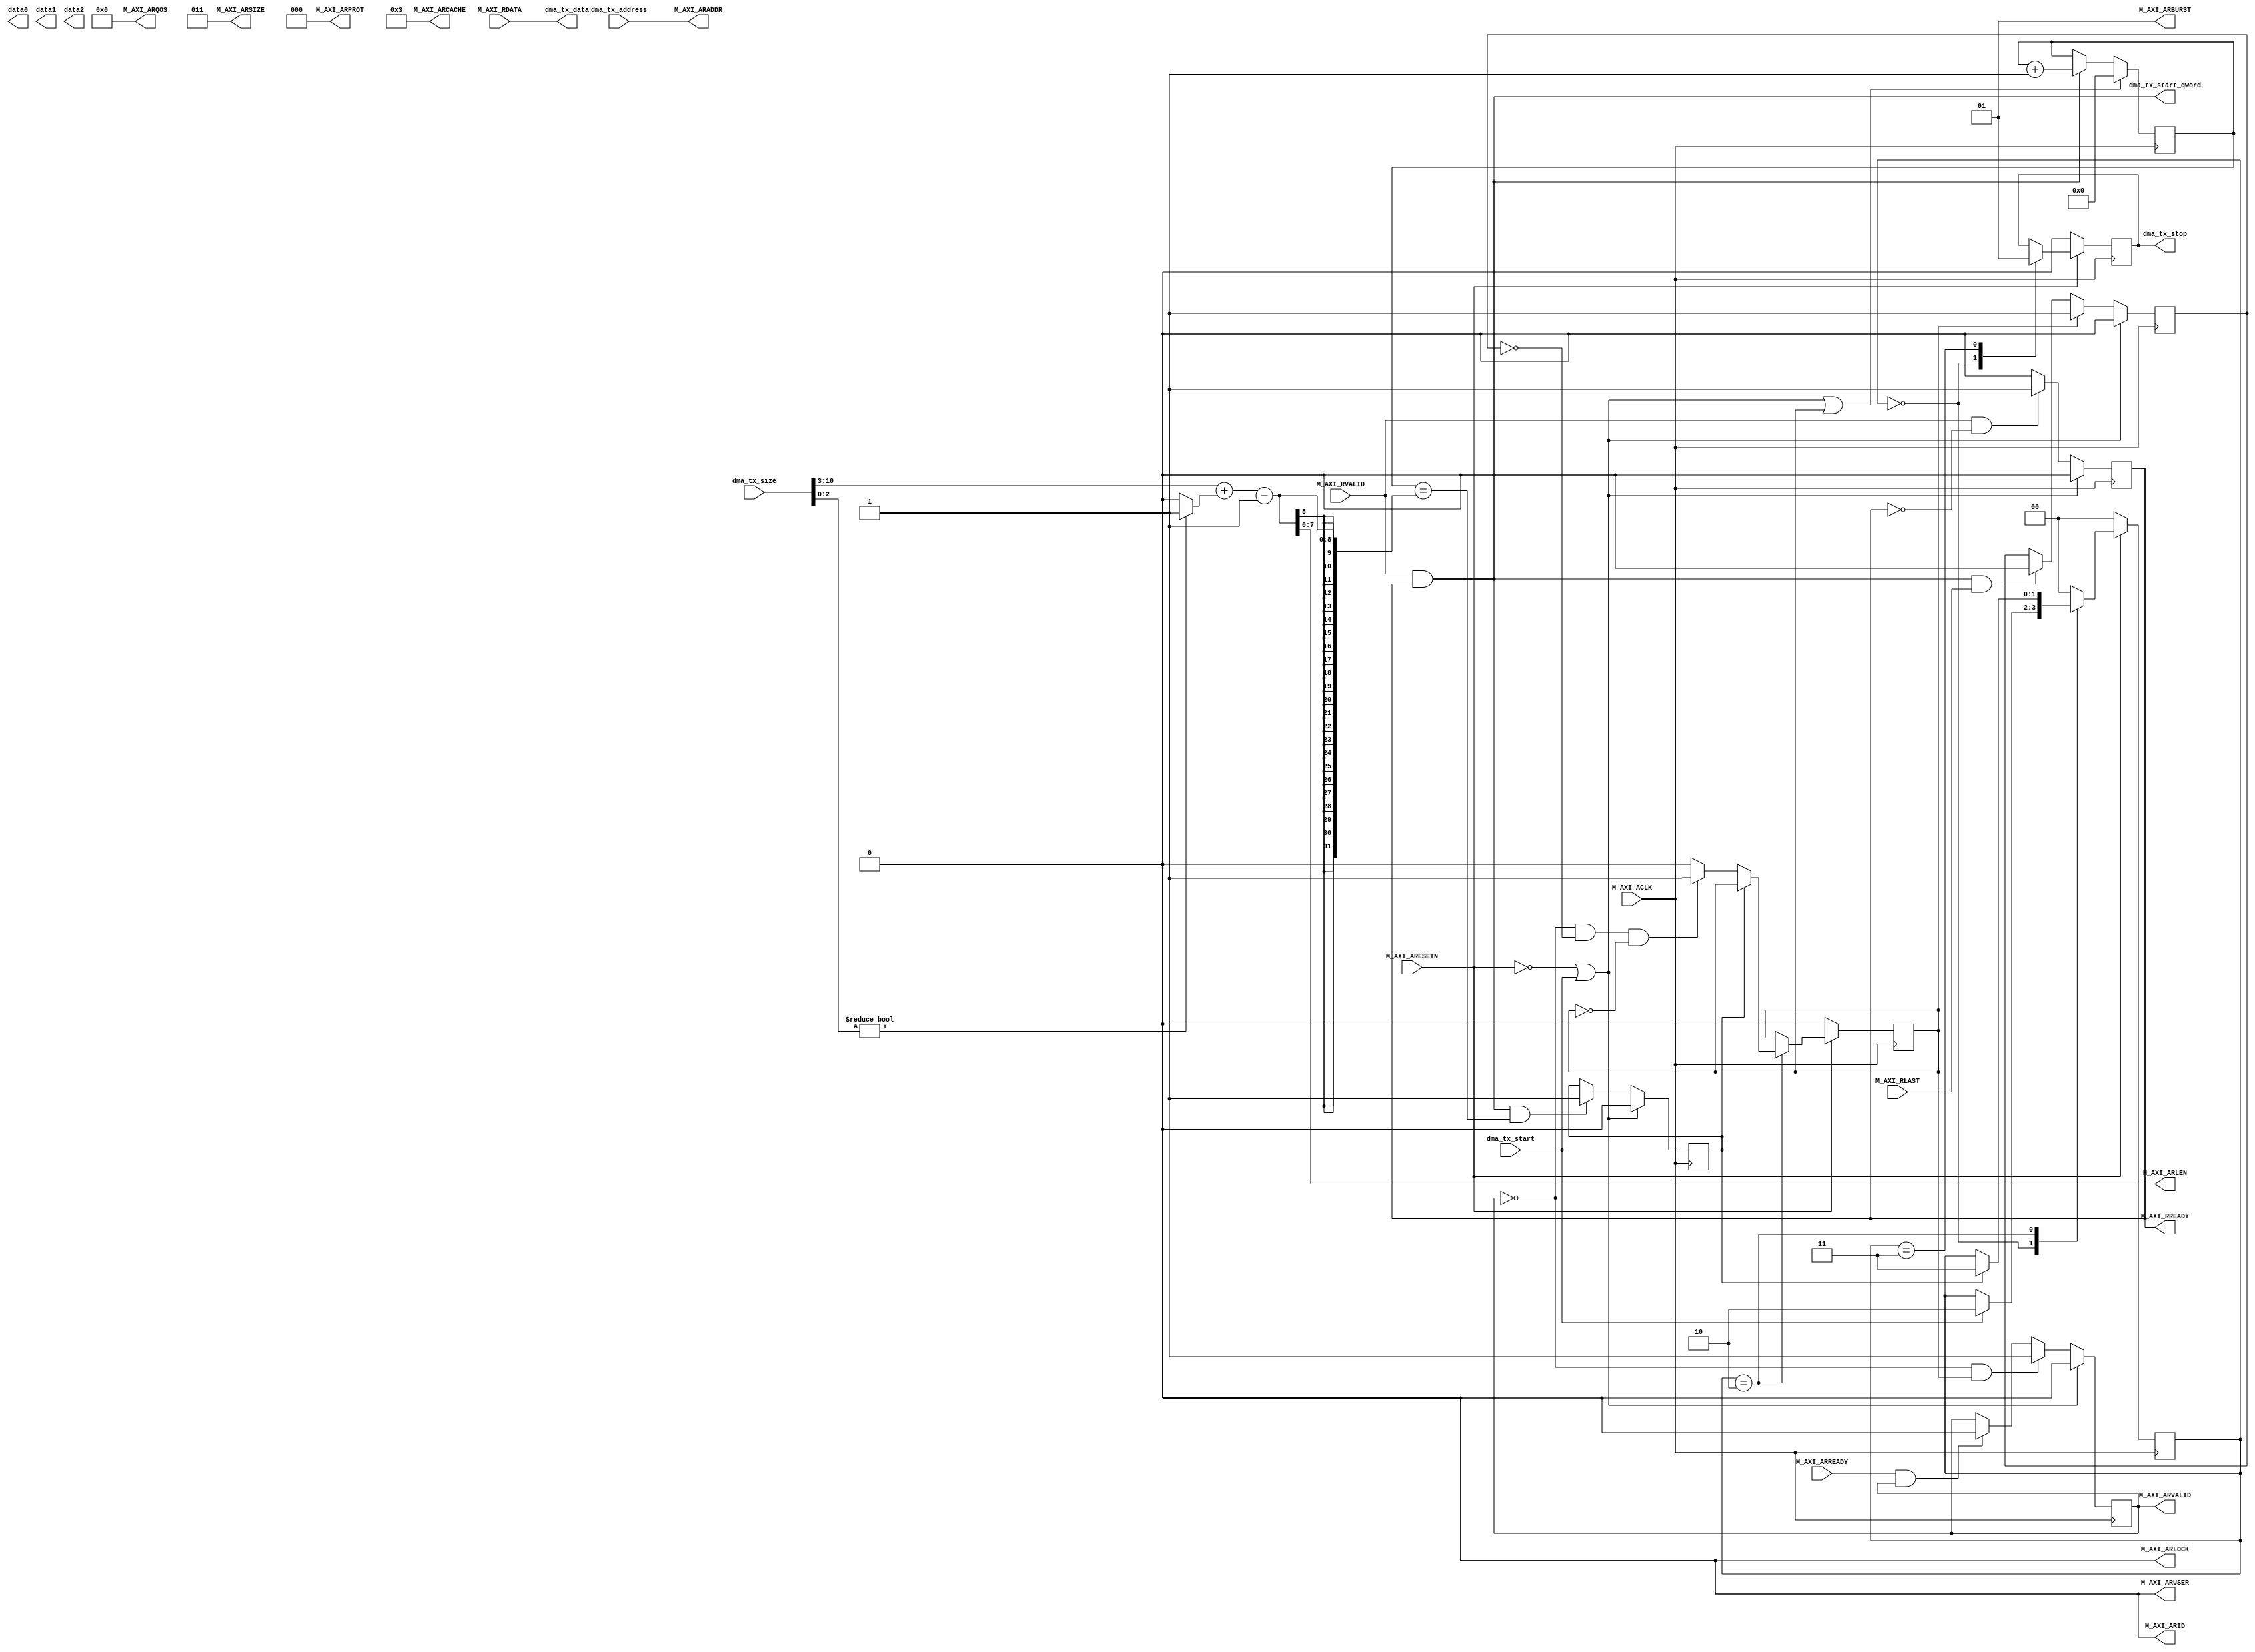
module mac_tx_v1_0_M00_AXI #
(
	parameter  C_M_TARGET_SLAVE_BASE_ADDR	= 32'h40000000,// Base address of targeted slave
	parameter integer C_M_AXI_BURST_LEN	= 256,// Burst Length. Supports 1, 2, 4, 8, 16, 32, 64, 128, 256 burst lengths
	parameter integer C_M_AXI_ID_WIDTH	= 1,// Thread ID Width
	parameter integer C_M_AXI_ADDR_WIDTH	= 32,// Width of Address Bus
	parameter integer C_M_AXI_DATA_WIDTH	= 64,// Width of Data Bus
	parameter integer C_M_AXI_ARUSER_WIDTH	= 1// Width of User Read Address Bus
)
(
	output wire[31:0] data0,
	output wire[31:0] data1,
	output wire[31:0] data2,

	input wire  M_AXI_ACLK,// Global Clock Signal.
	input wire  M_AXI_ARESETN,// Global Reset Singal. This Signal is Active Low

	output wire [C_M_AXI_ID_WIDTH-1 : 0] M_AXI_ARID,// Master Interface Read Address.
	output wire [7 : 0] M_AXI_ARLEN,// Burst length. The burst length gives the exact number of transfers in a burst
    output wire [2 : 0] M_AXI_ARSIZE,// Burst size. This signal indicates the size of each transfer in the burst
	output wire [1 : 0] M_AXI_ARBURST,
	output wire  M_AXI_ARLOCK,
	output wire [C_M_AXI_ADDR_WIDTH-1 : 0] M_AXI_ARADDR,
	output wire [3 : 0] M_AXI_ARCACHE,
	output wire [2 : 0] M_AXI_ARPROT,
	output wire [3 : 0] M_AXI_ARQOS,// Quality of Service, QoS identifier sent for each read transaction
	output wire [C_M_AXI_ARUSER_WIDTH-1 : 0] M_AXI_ARUSER,// Optional User-defined signal in the read address channel.
	output wire  M_AXI_ARVALID,
	output wire  M_AXI_RREADY,
	input wire  M_AXI_ARREADY,
	input wire [C_M_AXI_DATA_WIDTH-1 : 0] M_AXI_RDATA,// Master Read Data
	input wire  M_AXI_RLAST,// Read last. This signal indicates the last transfer in a read burst
	input wire  M_AXI_RVALID,

	output[63:0]dma_tx_data,
	input[31:0]dma_tx_address,
	input[10:0]dma_tx_size, //bytes
	input dma_tx_start,
	output reg dma_tx_stop,
	output dma_tx_start_qword
);
	
	parameter [1:0] IDLE = 2'b00,
                    INIT_READ = 2'b10,
                    INIT_COMPARE = 2'b11;
	reg [1:0] mst_exec_state;

	reg axi_arvalid;
	reg axi_rready;
	reg[7:0] read_index;
	reg	start_single_burst_read;
	reg	reads_done;
	reg	burst_read_active;
	wire rnext;
	reg init_txn_edge;

	wire init_txn_pulse = dma_tx_start;
	assign M_AXI_ARADDR	= dma_tx_address;
	assign dma_tx_data = M_AXI_RDATA;
	assign dma_tx_start_qword = rnext;

	
	function integer clogb2 (input integer bit_depth);
	begin
		for(clogb2=0; bit_depth>0; clogb2=clogb2+1)
			bit_depth = bit_depth >> 1;
		end
	endfunction

	assign M_AXI_WLAST	= 0;//axi_wlast;
	assign M_AXI_ARID	= 'b0;
	wire[7:0] NUMBER_QWORDS = dma_tx_size[10:3] + ((dma_tx_size[2:0])? 1 : 0);
	assign M_AXI_ARLEN	= NUMBER_QWORDS - 1;

	assign M_AXI_ARSIZE	= clogb2((C_M_AXI_DATA_WIDTH/8)-1);
	assign M_AXI_ARLOCK	= 1'b0;
	assign M_AXI_ARCACHE	= 4'b0011;
	assign M_AXI_ARBURST	= 2'b01;
	assign M_AXI_ARPROT	= 3'h0;
	assign M_AXI_ARQOS	= 4'h0;
	assign M_AXI_ARUSER	= 'b0;//1;
	assign M_AXI_ARVALID	= axi_arvalid;
	assign M_AXI_RREADY	= axi_rready;
	assign rnext = M_AXI_RVALID && axi_rready;

	always @(posedge M_AXI_ACLK) begin
		axi_arvalid <=	(!M_AXI_ARESETN || init_txn_pulse)? 0 :
						(~axi_arvalid && start_single_burst_read)? 1 :
						(M_AXI_ARREADY && axi_arvalid)? 0 : axi_arvalid; 
		axi_rready <=	(!M_AXI_ARESETN || init_txn_pulse)? 0 :
						(M_AXI_RVALID && ~axi_rready)? 1 : 0;
		burst_read_active <= (!M_AXI_ARESETN || init_txn_pulse)? 0 :
								(start_single_burst_read)? 1 :
								(M_AXI_RVALID && axi_rready && M_AXI_RLAST)? 0 : burst_read_active;
		read_index <=	(!M_AXI_ARESETN || init_txn_pulse || start_single_burst_read)? 0 :
						(rnext)? read_index + 1 : read_index;
		reads_done <=	(!M_AXI_ARESETN || init_txn_pulse)? 0 :
						(M_AXI_RVALID && axi_rready && (read_index == (NUMBER_QWORDS - 1)))? 1 : reads_done;
	end

//	assign data0 = {24'h0, 3'h0, start_single_burst_read, 2'h0,mst_exec_state};
//	assign data1 = dma_tx_address[31:0];
//	assign data2 = {13'h0, burst_read_active, axi_rready, axi_arvalid, read_index, NUMBER_QWORDS};

	always@(posedge M_AXI_ACLK) begin
		if(!M_AXI_ARESETN) begin
			mst_exec_state <= IDLE;
			start_single_burst_read  <= 0;
			dma_tx_stop <= 0;
		end else begin
			case(mst_exec_state)
				IDLE: begin
					dma_tx_stop <= 0;
					if(init_txn_pulse)
						mst_exec_state  <= INIT_READ;
				end
				INIT_READ: begin
					if(reads_done)
						mst_exec_state <= INIT_COMPARE;
					else
						start_single_burst_read <= (~axi_arvalid && ~burst_read_active && ~start_single_burst_read)? 1 : 0;
				end
				INIT_COMPARE:
					begin
						dma_tx_stop <= 1;
						mst_exec_state <= IDLE;
					end
				default :
					mst_exec_state  <= IDLE;
			endcase
		end
	end
endmodule